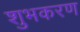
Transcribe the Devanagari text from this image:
शुभकरण